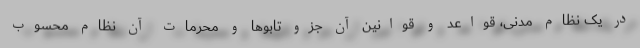
در یک نظام مدنی، قواعد و قوانین آن جزو تابوها و محرمات آن نظام محسوب